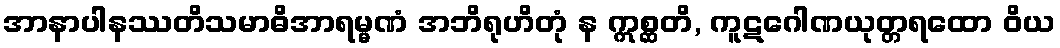
အာနာပါနဿတိသမာဓိအာရမ္မဏံ အဘိရုဟိတုံ န ဣစ္ဆတိ, ကူဋဂေါဏယုတ္တရထော ဝိယ